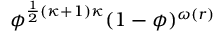
\phi ^ { \frac 1 2 ( \kappa + 1 ) \kappa } ( 1 - \phi ) ^ { \omega ( r ) }